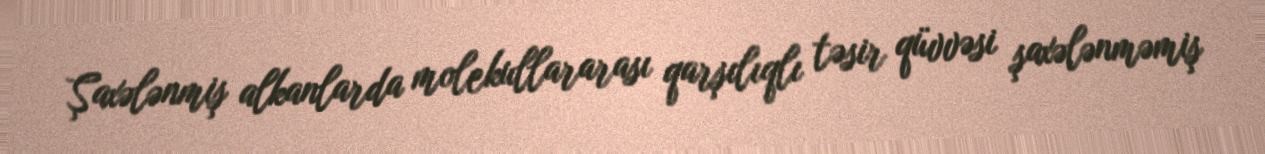
Şaxələnmiş alkanlarda molekullararası qarşılıqlı təsir qüvvəsi şaxələnməmiş